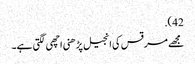
42).
مجھے مرقس کی انجیل پڑھنی اچھی لگتی ہے۔